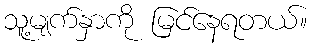
သူ့မျက်နှာကို မြင်နေရတယ်။